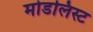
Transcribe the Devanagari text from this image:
मोडलिस्ट